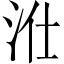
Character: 𱦁